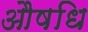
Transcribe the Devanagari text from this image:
औषधि